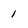
Character: 1